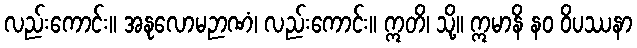
လည်းကောင်း။ အနုလောမဉာဏံ၊ လည်းကောင်း။ ဣတိ၊ သို့။ ဣမာနိ နဝ ဝိပဿနာ